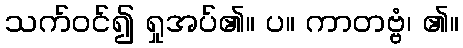
သက်ဝင်၍ ရှုအပ်၏။ ပ။ ကာတဗ္ဗံ၊ ၏။